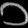
Digit: ၁